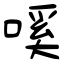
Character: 嗘